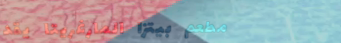
مطعم بيتزا المارغريتا يقد